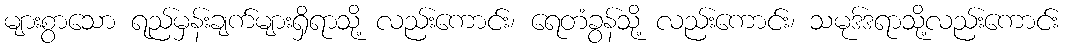
များစွာသော ရည်မှန်းချက်များရှိရာသို့ လည်းကောင်း၊ ရေတံခွန်သို့ လည်းကောင်း၊ သမုဒ်ဒရာသို့လည်းကောင်း